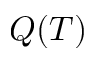
Q ( T )